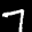
Label: 7